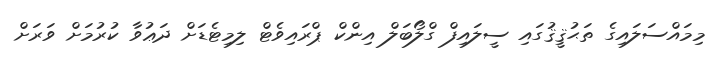
މިމައްސަލައިގެ ތަޙުޤީޤުގައި ސީލައިފް ގްލޯބަލް އިންކް ޕްރައިވެޓް ލިމިޓެޑަށް ދަޢުވާ ކުރުމަށް ވަރަށް